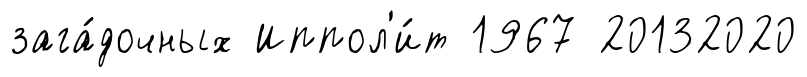
зага́дочных Иппол'и́т 1967 20132020